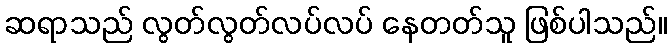
ဆရာသည် လွတ်လွတ်လပ်လပ် နေတတ်သူ ဖြစ်ပါသည်။